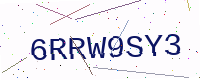
Text: 6RRW9SY3